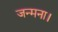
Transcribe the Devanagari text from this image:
जन्मना।